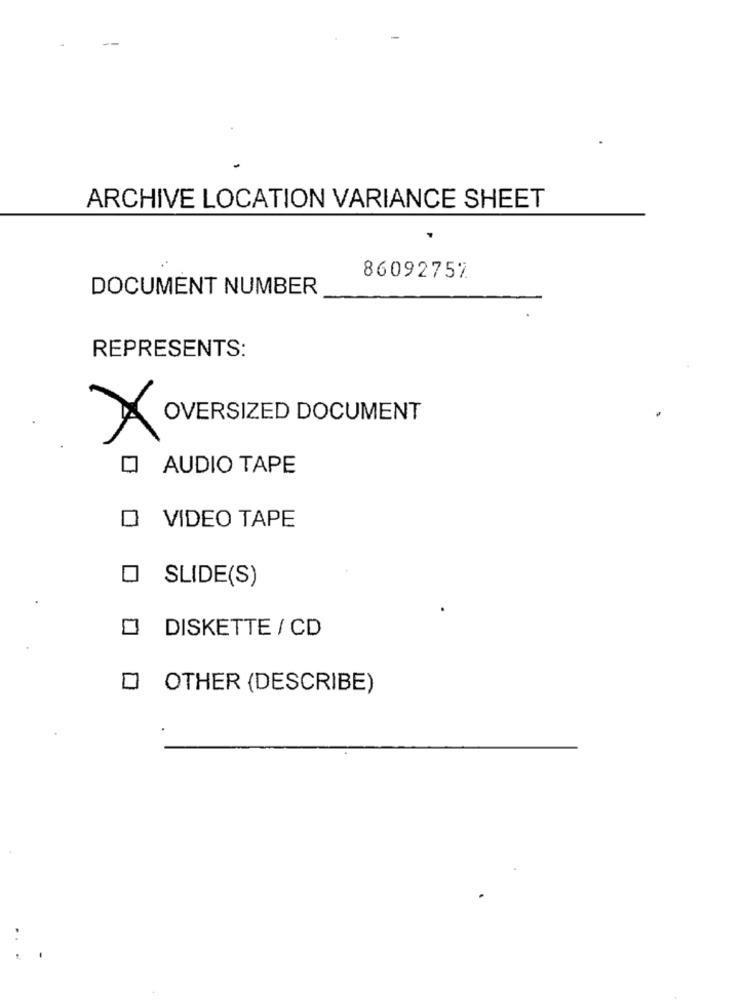
ARCHIVE LOCATION VARIANCE SHEET
86092757
DOCUMENT NUMBER
REPRESENTS:
OVERSIZED DOCUMENT
AUDIO TAPE
O VIDEO TAPE
SLIDE(S)
DISKETTE / CD
O OTHER (DESCRIBE)